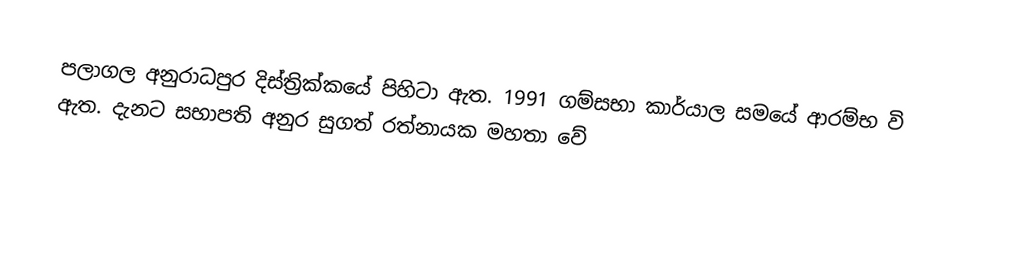
පලාගල අනුරාධපුර දිස්ත්‍රික්කයේ පිහිටා ඇත. 1991 ගම්සභා කාර්යාල සමයේ ආරම්භ  වි ඇත. දැනට සභාපති අනුර සුගත් රත්නායක ‍මහතා වේ